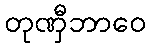
တုဏှီဘာဝေ